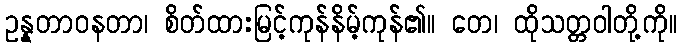
ဥန္နတာဝနတာ၊ စိတ်ထားမြင့်ကုန်နိမ့်ကုန်၏။ တေ၊ ထိုသတ္တဝါတို့ကို။